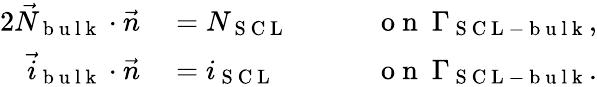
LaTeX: \begin{array}{rlrl}{{2}\vec{N}_{\mathrm{~b~u~l~k~}}\cdot\vec{n}}&{{}=N_{\mathrm{~S~C~L~}}\quad}&{}&{{}\mathrm{~o~n~}\ \Gamma_{\mathrm{~S~C~L~-~b~u~l~k~}},}\\ {\vec{i}_{\mathrm{~b~u~l~k~}}\cdot\vec{n}}&{{}=i_{\mathrm{~S~C~L~}}}&{}&{{}\mathrm{~o~n~}\ \Gamma_{\mathrm{~S~C~L~-~b~u~l~k~}}.}\end{array}